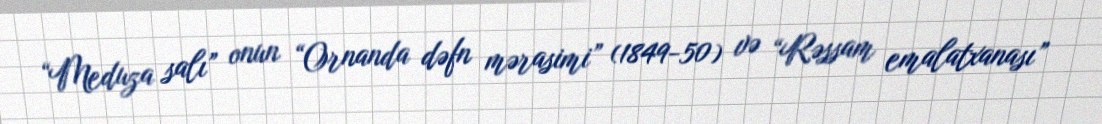
“Meduza salı” onun “Ornanda dəfn mərasimi” (1849-50) və “Rəssam emalatxanası”